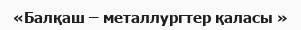
«Балқаш – металлургтер қаласы »